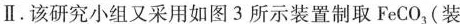
Ⅱ。该研究小组又采用如图3所示装置制取FeCO_{3}(装